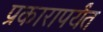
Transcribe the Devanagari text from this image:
प्रकारापर्यंत